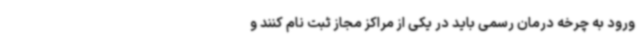
ورود به چرخه درمان رسمی باید در یکی از مراکز مجاز ثبت‌ نام کنند و